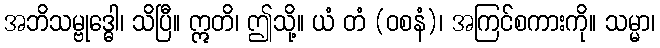
အဘိသမ္ဗုဒ္ဓေါ၊ သိပြီ။ ဣတိ၊ ဤသို့။ ယံ တံ (ဝစနံ)၊ အကြင်စကားကို။ သမ္မာ၊